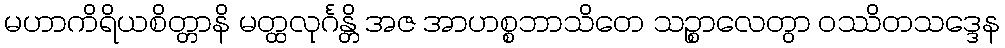
မဟာကိရိယစိတ္တာနိ မတ္ထလုင်္ဂန္တိ အဇ အာဟစ္စဘာသိတေ သဉ္စာလေတွာ ဝဿိတသဒ္ဒေန